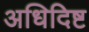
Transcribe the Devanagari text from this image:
अधिदिष्ट